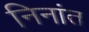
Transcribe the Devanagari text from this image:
निनांत